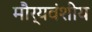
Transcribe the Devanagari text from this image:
मौर्यवंशीय